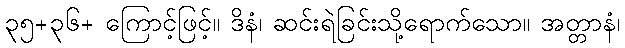
၃၅+၃၆+ ကြောင့်ဖြင့်။ ဒိနံ၊ ဆင်းရဲခြင်းသို့ရောက်သော။ အတ္တာနံ၊